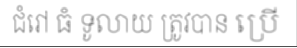
ជំរៅ ធំ ទូលាយ ត្រូវបាន ប្រើ